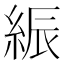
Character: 𦁄